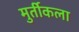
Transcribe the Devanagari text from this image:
मुर्तीकला